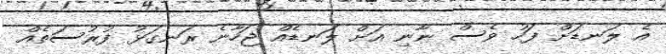
އެ ލަނޑަށް ފަހު ވެސް ނާނި އަށް ލަނޑެއް ޖަހާނެ ރަނގަޅު ފުރުސަތެއް